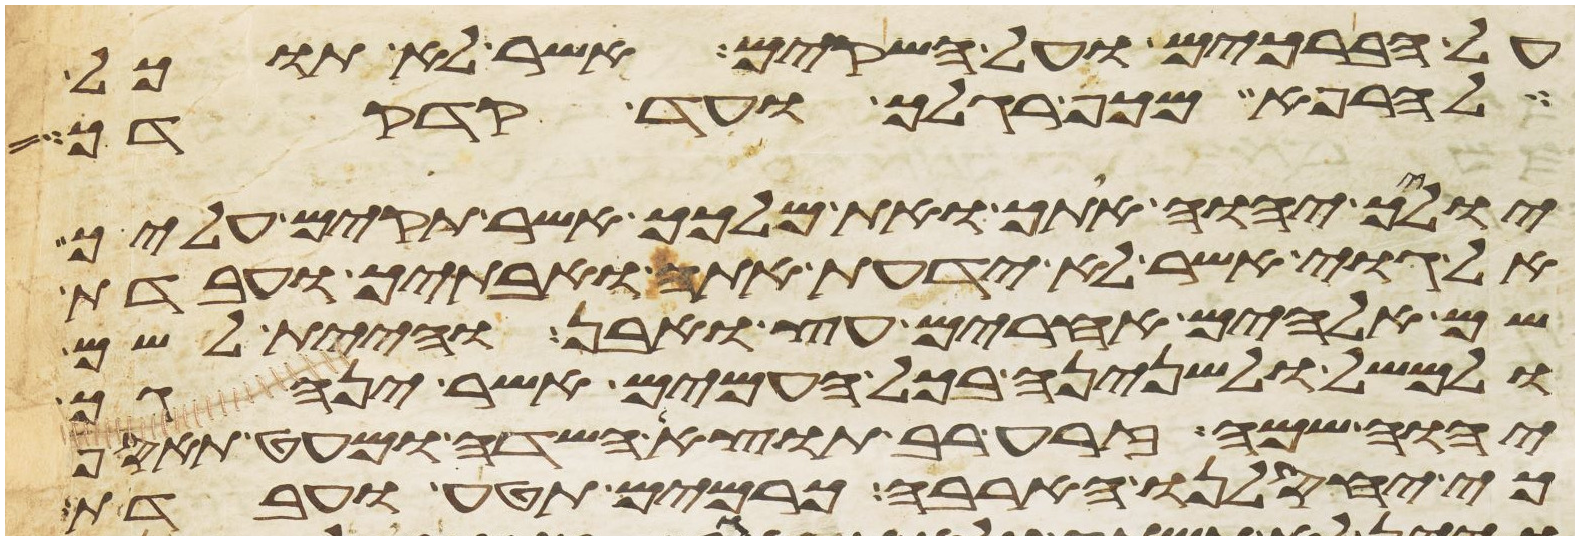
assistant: על הברכים ועל השקים אשר לא תוכל
להרפא מכף רגלך ועד קדקדך
יוליך יהוה אתך ואת מלכך אשר תקים עליך
אל גוי אשר לא ידעת אתה ואבתיך ועבדת
שם אלהים אחרים עץ ואבן והיית לשם
ולמשל ולשנינה בכל העמים אשר ינהגך
יהוה שמה זרע רב תוצא השדה ומעט תאסף
כי יחסלנו הארבה כרמים תטע ועבדת